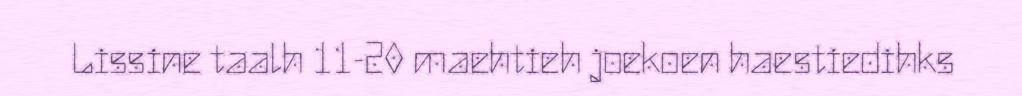
Lissine taalh 11-20 maehtieh joekoen haestiedihks